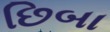
છિબા